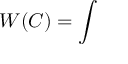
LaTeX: W ( C ) = \int